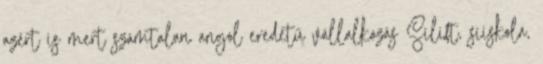
azért is mert számtalan angol eredetű vállalkozás Sílift, síiskola,